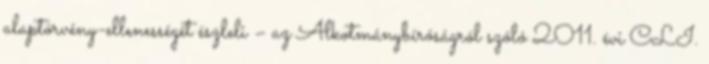
alaptörvény-ellenességét észleli – az Alkotmánybíróságról szóló 2011. évi CLI.